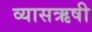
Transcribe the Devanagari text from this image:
व्यासऋषी